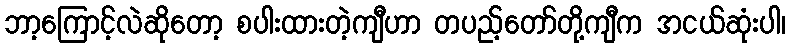
ဘာ့ကြောင့်လဲဆိုတော့ စပါးထားတဲ့ကျီဟာ တပည့်တော်တို့ကျီက အငယ်ဆုံးပါ၊